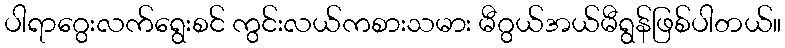
ပါရာဂွေးလက်ရွေးစင် ကွင်းလယ်ကစားသမား မီဂွယ်အယ်မီရွန်ဖြစ်ပါတယ်။